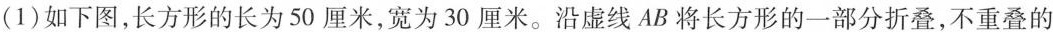
(1)如下图,长方形的长为50 厘米,宽为30 厘米。沿虚线AB 将长方形的一部分折叠,不重叠的